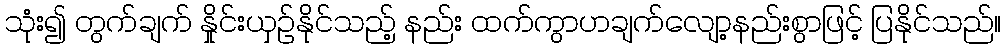
သုံး၍ တွက်ချက် နှိုင်းယှဉ်နိုင်သည့် နည်း ထက်ကွာဟချက်လျော့နည်းစွာဖြင့် ပြနိုင်သည်။